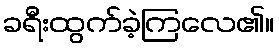
ခရီးထွက်ခဲ့ကြလေ၏။